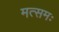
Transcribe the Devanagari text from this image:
मत्समः